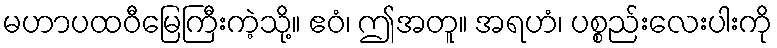
မဟာပထဝီမြေကြီးကဲ့သို့။ ဧဝံ၊ ဤအတူ။ အရဟံ၊ ပစ္စည်းလေးပါးကို